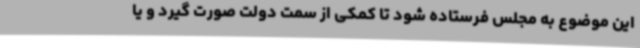
این موضوع به مجلس فرستاده ‌شود تا کمکی از سمت دولت صورت گیرد و یا